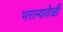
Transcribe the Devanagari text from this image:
भरल्यावेळीं